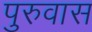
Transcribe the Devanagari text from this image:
पुरुवास